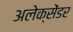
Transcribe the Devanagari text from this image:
अलेक्‍सेंडर